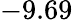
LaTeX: -9.69